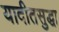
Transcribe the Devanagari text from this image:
यादीतसुद्धा